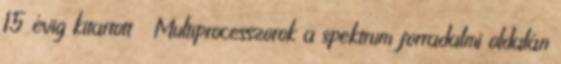
15 évig kitartott ● Multiprocesszorok a spektrum forradalmi oldalán